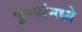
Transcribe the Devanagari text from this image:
फुग्यांमध्ये